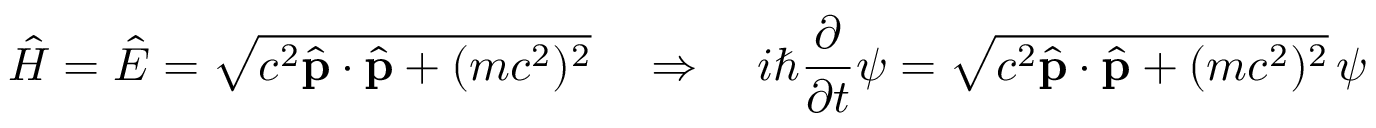
{ \hat { H } } = { \hat { E } } = { \sqrt { c ^ { 2 } { \hat { \mathbf { p } } } \cdot { \hat { \mathbf { p } } } + ( m c ^ { 2 } ) ^ { 2 } } } \quad \Rightarrow \quad i \hbar { \frac { \partial } { \partial t } } \psi = { \sqrt { c ^ { 2 } { \hat { \mathbf { p } } } \cdot { \hat { \mathbf { p } } } + ( m c ^ { 2 } ) ^ { 2 } } } \, \psi